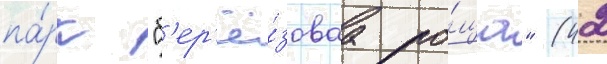
па́рк "б'ер'ё́зоваа ро́ща" (42